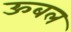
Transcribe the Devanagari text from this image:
ऊबल